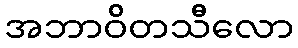
အဘာဝိတသီလော